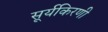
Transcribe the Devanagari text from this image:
सूर्यकिरणी